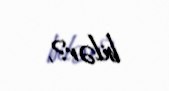
bilər?.